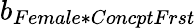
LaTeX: b_{Female*ConcptFrst}